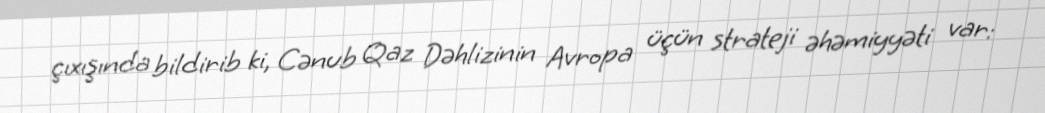
çıxışında bildirib ki, Cənub Qaz Dəhlizinin Avropa üçün strateji əhəmiyyəti var: